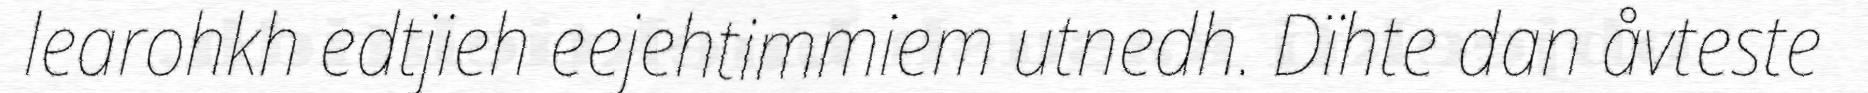
learohkh edtjieh eejehtimmiem utnedh. Dïhte dan åvteste